Indian journal of veterinary science and animal husbandry - Volume 11,
Year: 1941
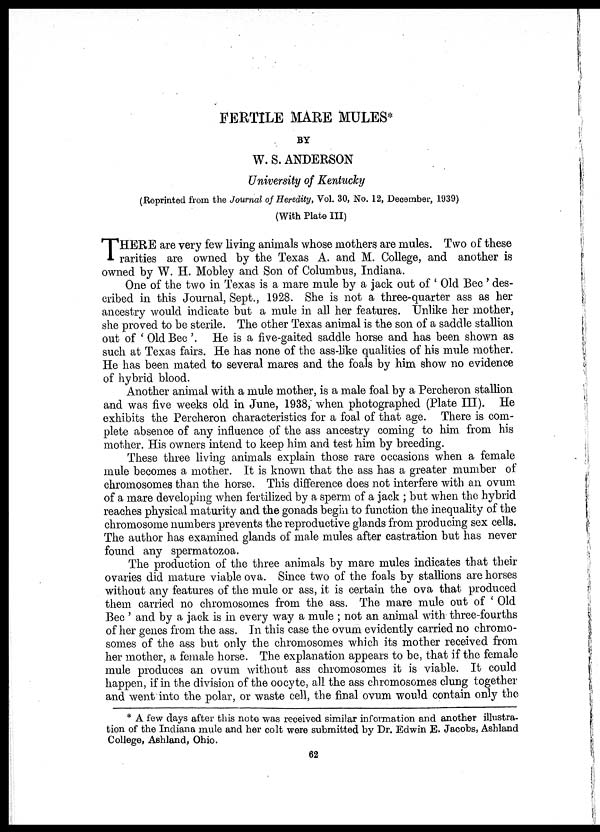
FERTILE MARE MULES*
BY
W. S. ANDERSON
University of Kentucky
(Reprinted from the Journal of Heredity, Vol. 30, No. 12, December, 1939)
(With Plate III)
T HERE are very few living animals whose mothers are mules. Two of these
rarities are owned by the Texas A. and M. College, and another is
owned by W. H. Mobley and Son of Columbus, Indiana.
One of the two in Texas is a mare mule by a jack out of ' Old Bec ' des-
cribed in this Journal, Sept. , 1928. She is not a three-quarter ass as her
ancestry would indicate but a mule in all her features. Unlike her mother,
she proved to be sterile. The other Texas animal is the son of a saddle stallion
out of ' Old Bec '. He is a five-gaited saddle horse and has been shown as
such at Texas fairs. He has none of the ass-like qualities of his mule mother.
He has been mated to several mares and the foals by him show no evidence
of hybrid blood.
Another animal with a mule mother, is a male foal by a Percheron stallion
and was five weeks old in June, 1938, when photographed (Plate III). He
exhibits the Percheron characteristics for a foal of that age. There is com-
plete absence of any influence of the ass ancestry coming to him from his
mother. His owners intend to keep him and test him by breeding.
These three living animals explain those rare occasions when a female
mule becomes a mother. It is known that the ass has a greater mumber of
chromosomes than the horse. This difference does not interfere with an ovum
of a mare developing when fertilized by a sperm of a jack ; but when the hybrid
reaches physical maturity and the gonads begin to function the inequality of the
chromosome numbers prevents the reproductive glands from producing sex cells.
The author has examined glands of male mules after castration but has never
found any spermatozoa.
The production of the three animals by mare mules indicates that their
ovaries did mature viable ova. Since two of the foals by stallions are horses
without any features of the mule or ass, it is certain the ova that produced
them carried no chromosomes from the ass. The mare mule out of ' Old
Bec ' and by a jack is in every way a mule ; not an animal with three-fourths
of her genes from the ass. In this case the ovum evidently carried no chromo-
somes of the ass but only the chromosomes which its mother received from
her mother, a female horse. The explanation appears to be, that if the female
mule produces an ovum without ass chromosomes it is viable. It could
happen, if in the division of the oocyte, all the ass chromosomes clung together
and went into the polar, or waste cell, the final ovum would contain only the
* A few days after this note was received similar information and another illustra-
tion of the Indiana mule and her colt were submitted by Dr. Edwin E. Jacobs, Ashland
College, Ashland, Ohio.
62